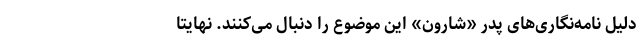
دلیل نامه‌نگاری‌های پدر «شارون» این موضوع را دنبال می‌‌کنند. نهایتا